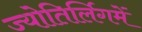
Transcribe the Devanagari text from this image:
ज्योतिर्लिगमें